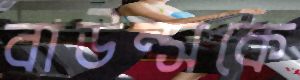
বাউন্সকে